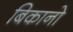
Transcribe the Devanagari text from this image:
बिकानो